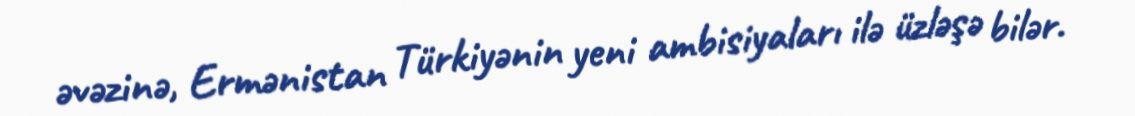
əvəzinə, Ermənistan Türkiyənin yeni ambisiyaları ilə üzləşə bilər.